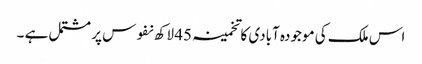
اس ملک کی موجودہ آبادی کا تخمینہ 45 لاکھ نفوس پر مشتمل ہے ۔